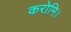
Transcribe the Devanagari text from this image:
करोमि।